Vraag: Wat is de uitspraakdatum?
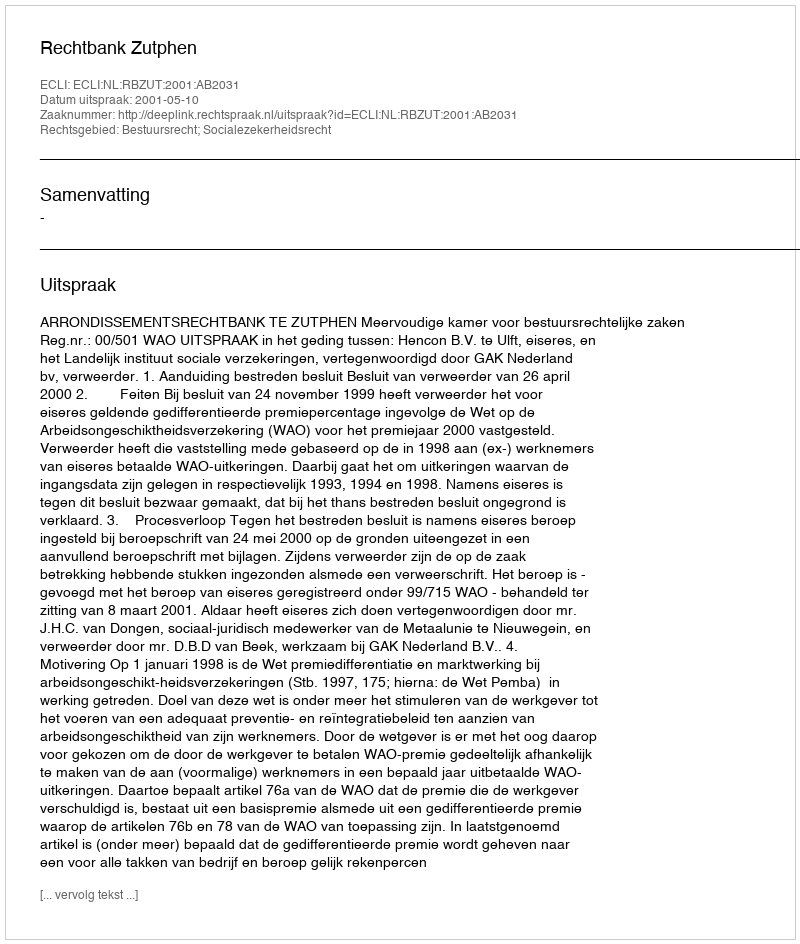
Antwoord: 2001-05-10